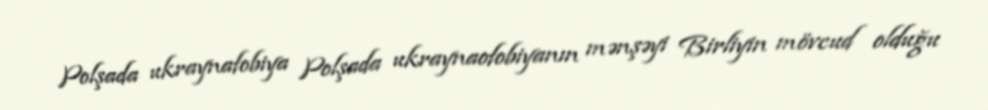
Polşada ukraynafobiya Polşada ukraynaofobiyanın mənşəyi Birliyin mövcud olduğu